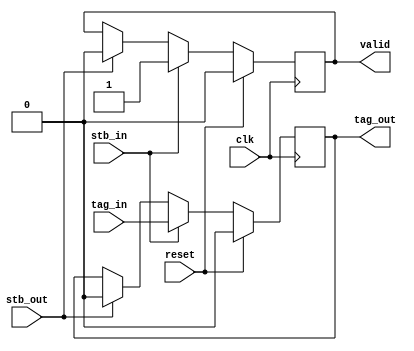
//
// Copyright 2011 Ettus Research LLC
//
// This program is free software: you can redistribute it and/or modify
// it under the terms of the GNU General Public License as published by
// the Free Software Foundation, either version 3 of the License, or
// (at your option) any later version.
//
// This program is distributed in the hope that it will be useful,
// but WITHOUT ANY WARRANTY; without even the implied warranty of
// MERCHANTABILITY or FITNESS FOR A PARTICULAR PURPOSE.  See the
// GNU General Public License for more details.
//
// You should have received a copy of the GNU General Public License
// along with this program.  If not, see <http://www.gnu.org/licenses/>.
//

module pipestage
  #(parameter TAGWIDTH = 1)
   (input clk,
    input reset,
    input stb_in,
    input stb_out,
    output reg valid,
    input [TAGWIDTH-1:0] tag_in,
    output reg [TAGWIDTH-1:0] tag_out);

   always @(posedge clk)
     if(reset)
       begin
	  valid <= 0;
	  tag_out <= 0;
       end
     else if(stb_in)
       begin
	  valid <= 1;
	  tag_out <= tag_in;
       end
     else if(stb_out)
       begin
	  valid <= 0;
	  tag_out <= 0;
       end
   
endmodule // pipestage